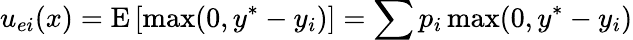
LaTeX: u_{ei}(x)=\textrm{E}\left[\textrm{max}(0,y^{*}-y_{i})\right]=\sum p_{i}\, \textrm{max}(0,y^{*}-y_{i})